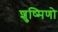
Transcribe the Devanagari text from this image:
शुष्मिणो